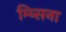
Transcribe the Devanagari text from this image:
म्य्सिना